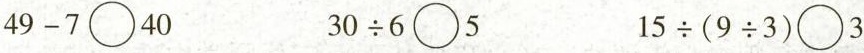
$$4 9 - 7 \bigcirc 4 0$$ $$3 0 \div 6 \bigcirc 5$$